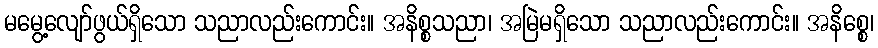
မမွေ့လျော်ဖွယ်ရှိသော သညာလည်းကောင်း။ အနိစ္စသညာ၊ အမြဲမရှိသော သညာလည်းကောင်း။ အနိစ္စေ၊